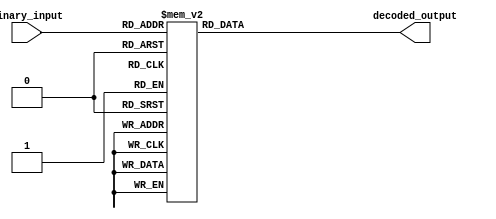
module Decoder(input [2:0] binary_input, output reg [7:0] decoded_output);

always @(*)
begin
    case(binary_input)
        3'b000 : decoded_output = 8'b00000001;
        3'b001 : decoded_output = 8'b00000010;
        3'b010 : decoded_output = 8'b00000100;
        3'b011 : decoded_output = 8'b00001000;
        3'b100 : decoded_output = 8'b00010000;
        3'b101 : decoded_output = 8'b00100000;
        3'b110 : decoded_output = 8'b01000000;
        3'b111 : decoded_output = 8'b10000000;
    endcase
end

endmodule